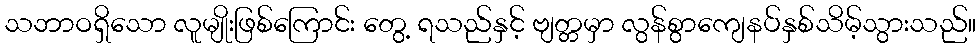
သဘာဝရှိသော လူမျိုးဖြစ်ကြောင်း တွေ့ ရသည်နှင့် ဗျတ္တမှာ လွန်စွာကျေနပ်နှစ်သိမ့်သွားသည်။